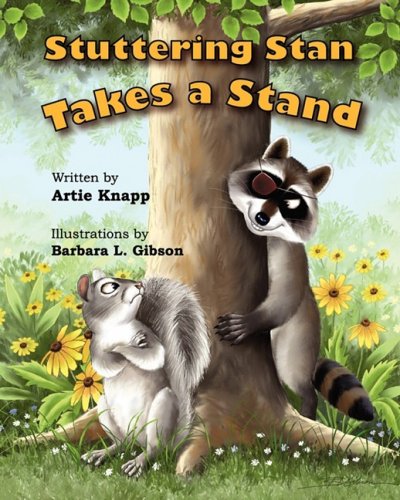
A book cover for Stuttering Stan Takes a Stand; Artie Knapp; Health, Fitness & Dieting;